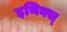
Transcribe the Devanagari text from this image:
इथिक्स्